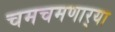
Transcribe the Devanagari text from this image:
चमचमणार्‍या